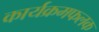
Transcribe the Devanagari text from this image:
कार्यक्रमफलक